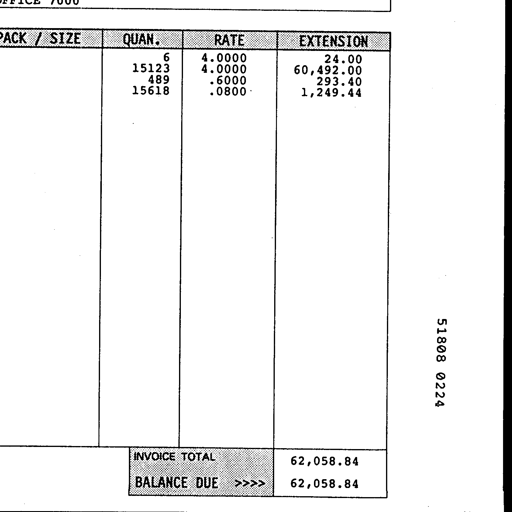
OFFICE 7000
PACK / SIZE QUAN. RATE EXTENSION
6 4.0000 24.00
15123 4.0000 60,492.00
489 .6000 293.40
15618 .0800 1,249.44
51808 0224
INVOICE TOTAL 62,058.84
BALANCE DUE >>>> 62,058.84